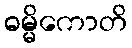
ဓမ္မိကောတိ